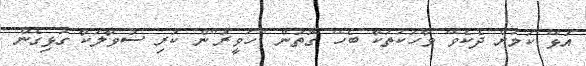
އުޅޭ ކަމަށް ދެކެވޭ ވާހަކަތަކާ ބެހޭ ގޮތުން "ހަވީރު"ން ކުރި ސުވާލަކާ ގުޅިގެން